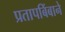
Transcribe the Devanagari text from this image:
प्रतापबिंबाने